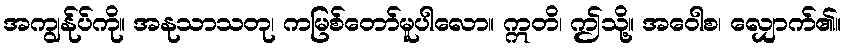
အကျွန်ုပ်ကို။ အနုသာသတု၊ ကမြစ်တော်မူပါလော။ ဣတိ၊ ဤသို့။ အဝေါစ၊ လျှောက်၏။